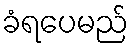
ခံရပေမည်